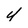
Character: y